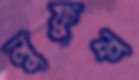
লুফুক